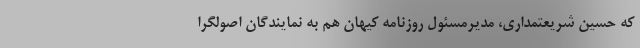
که حسین شریعتمداری، مدیرمسئول روزنامه کیهان هم به نمایندگان اصولگرا